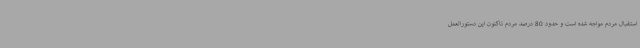
استقبال مردم مواجه شده است و حدود 80 درصد مردم تاکنون این دستورالعمل